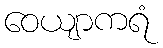
ဝေယျာကရံ